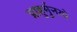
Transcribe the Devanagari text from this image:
प्राहुर्मुनयो